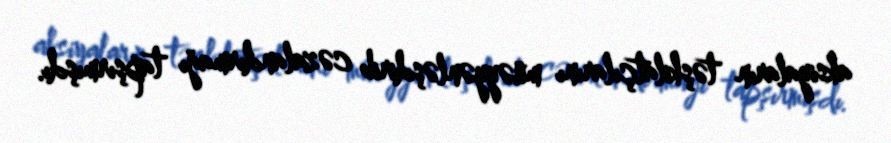
aksiyaların təşkilatçılarını müəyyənləşdirib cəzalandırmağı tapşırmışdı.